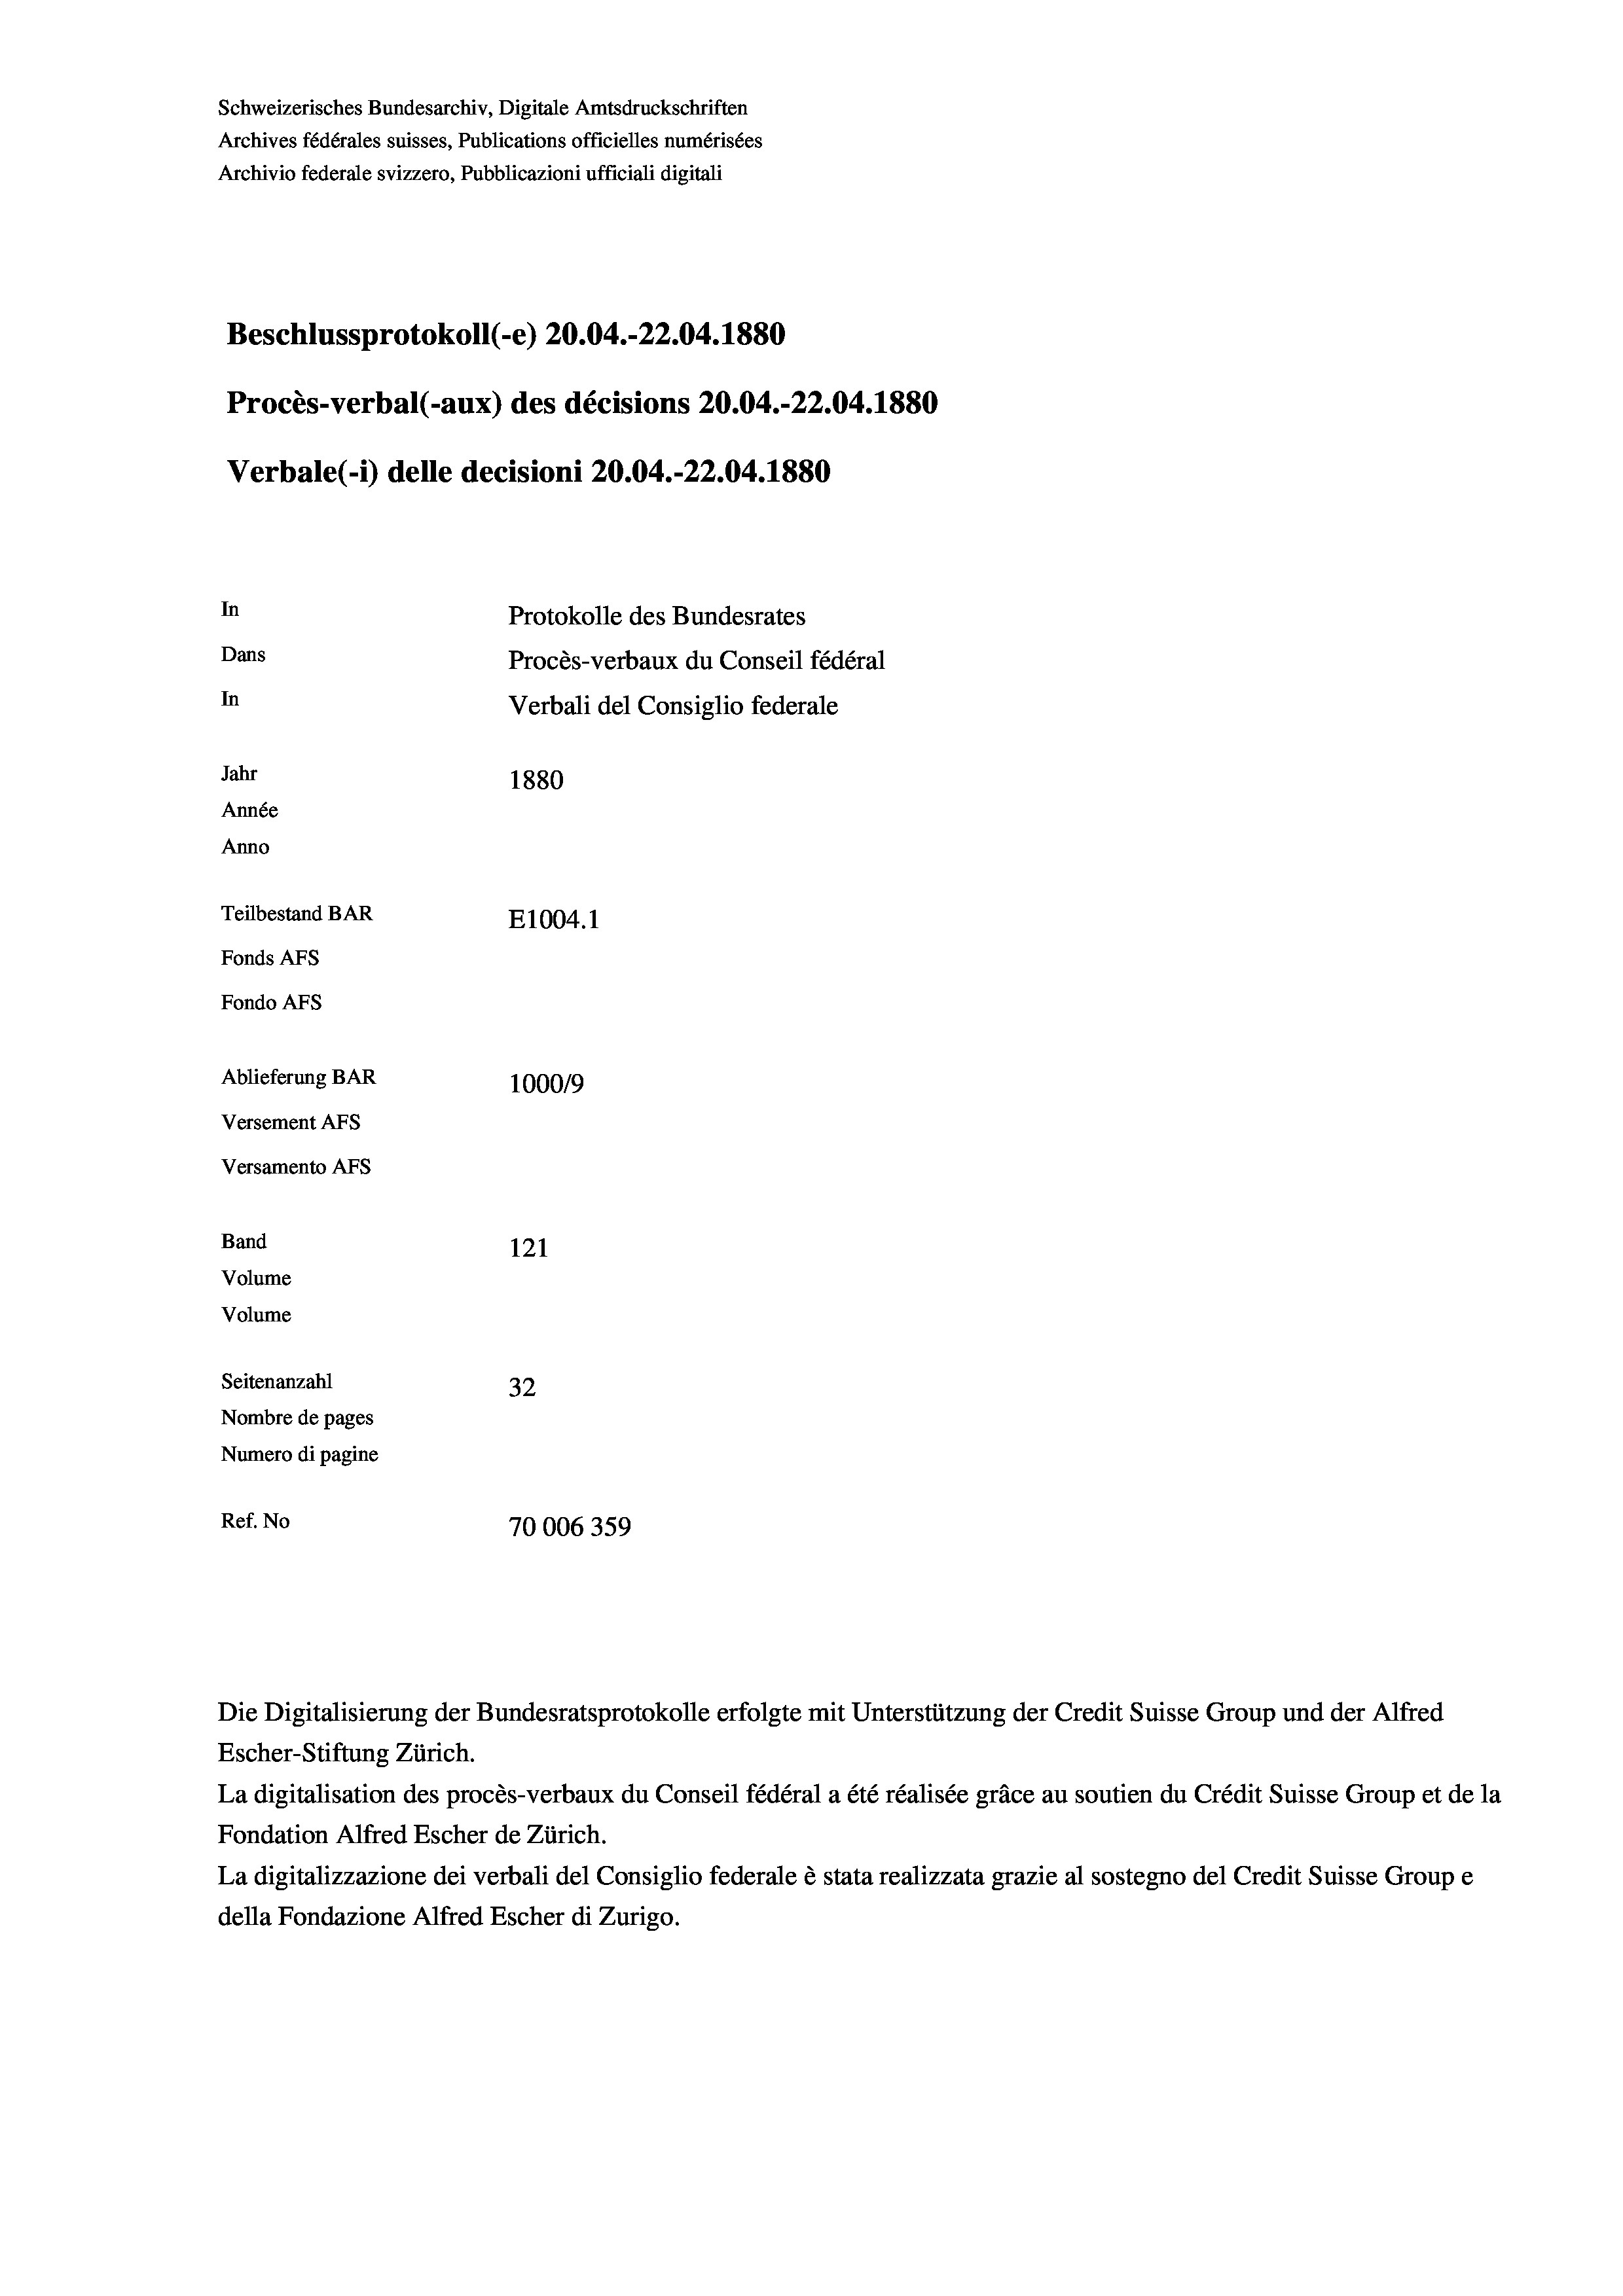
Schweizerisches Bundesarchiv, Digitale Amtsdruckschriften
Archives fédérales suisses, Publications officielles numérisées
Archivio federale svizzero, Pubblicazioni ufficiali digitali
Beschlussprotokoll (-e) 20.04.-22.04. 1880
Procès-verbal (-aux) des décisions 20.04.-22.04.1880
Verbale(-*) delle decisioni 20.04.-22.04. 1880
In
Protokolle des Bundesrates
Dans
Procès-verbaux du Conseil fédéral
In
Verbali del Consiglio federale
Jahr
1880
Année
Anno
Teilbestand BAR
E1004.1
Fonds AFs
Fondo AFS
Ablieferung BAR
100019
Versement AFs
Versamento Afs
Band
121
Volume
Volume

Seitenanzahl
32
Nombre de pages
Numero di pagine
Ref. No
70006359

Die Digitalisierung der Bundesratsprotokolle erfolgte mit Unterstützung der Credit Suisse Group und der Alfred
Escher-Stiftung Zürich.
La digitalisation des procès-verbaux du Conseil fédéral a été réalisée gräce au soutien du Crédit Suisse Group et de la
Fondation Alfred Escher de Zürich.
La digitalizzazione dei verbali del Consiglio federale è stata realizzata grazie al sostegno del Credit Suisse Groupe
della Fondazione Alfred Escher di Zurigo.